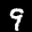
Label: 9